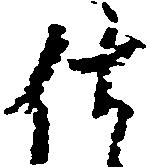
仕